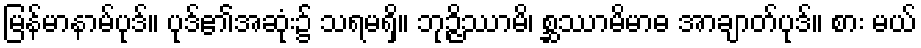
မြန်မာနာမ်ပုဒ်။ ပုဒ်၏အဆုံး၌ သရမရှိ။ ဘုဉ္ဇိဿာမိ၊ စ္ဆဿာမိမာဓ အာချာတ်ပုဒ်။ စား မယ်